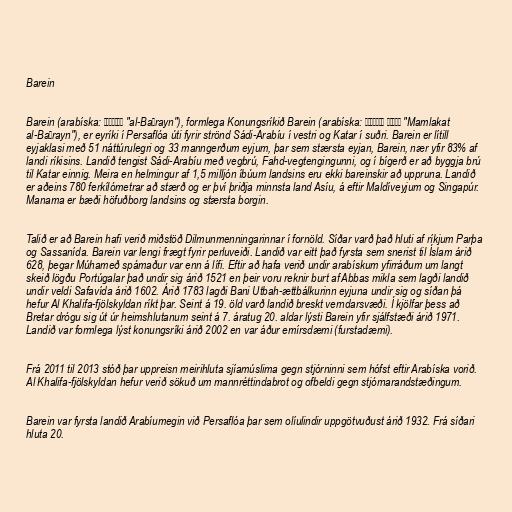
Barein

Barein (arabíska: البحرين‎ "al-Baḥrayn"), formlega Konungsríkið Barein (arabíska: مملكة البحرين‎ "Mamlakat
al-Baḥrayn"), er eyríki í Persaflóa úti fyrir strönd Sádi-Arabíu í vestri og Katar í suðri. Barein er lítill
eyjaklasi með 51 náttúrulegri og 33 manngerðum eyjum, þar sem stærsta eyjan, Barein, nær yfir 83% af
landi ríkisins. Landið tengist Sádi-Arabíu með vegbrú, Fahd-vegtengingunni, og í bígerð er að byggja brú
til Katar einnig. Meira en helmingur af 1,5 milljón íbúum landsins eru ekki bareinskir að uppruna. Landið
er aðeins 780 ferkílómetrar að stærð og er því þriðja minnsta land Asíu, á eftir Maldíveyjum og Singapúr.
Manama er bæði höfuðborg landsins og stærsta borgin.

Talið er að Barein hafi verið miðstöð Dilmunmenningarinnar í fornöld. Síðar varð það hluti af ríkjum Parþa
og Sassanída. Barein var lengi frægt fyrir perluveiði. Landið var eitt það fyrsta sem snerist til Íslam árið
628, þegar Múhameð spámaður var enn á lífi. Eftir að hafa verið undir arabískum yfirráðum um langt
skeið lögðu Portúgalar það undir sig árið 1521 en þeir voru reknir burt af Abbas mikla sem lagði landið
undir veldi Safavída árið 1602. Árið 1783 lagði Bani Utbah-ættbálkurinn eyjuna undir sig og síðan þá
hefur Al Khalifa-fjölskyldan ríkt þar. Seint á 19. öld varð landið breskt verndarsvæði. Í kjölfar þess að
Bretar drógu sig út úr heimshlutanum seint á 7. áratug 20. aldar lýsti Barein yfir sjálfstæði árið 1971.
Landið var formlega lýst konungsríki árið 2002 en var áður emírsdæmi (furstadæmi).

Frá 2011 til 2013 stóð þar uppreisn meirihluta sjíamúslima gegn stjórninni sem hófst eftir Arabíska vorið.
Al Khalifa-fjölskyldan hefur verið sökuð um mannréttindabrot og ofbeldi gegn stjórnarandstæðingum.

Barein var fyrsta landið Arabíumegin við Persaflóa þar sem olíulindir uppgötvuðust árið 1932. Frá síðari
hluta 20.